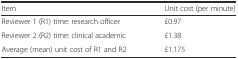
<table><thead><tr><td><b>Item</b></td><td><b>Unit cost (per minute)</b></td></tr></thead><tbody><tr><td>Reviewer 1 (R1) time: research officer</td><td>£0.97</td></tr><tr><td>Reviewer 2 (R2) time: clinical academic</td><td>£1.38</td></tr><tr><td>Average (mean) unit cost of R1 and R2</td><td>£1.175</td></tr></tbody></table>